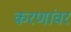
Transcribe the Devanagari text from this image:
करणांवर